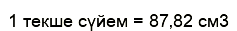
1 текше сүйем = 87‚82 см3